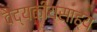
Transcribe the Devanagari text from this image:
वैद्यकीयसाह्य